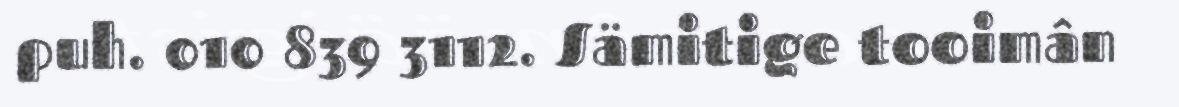
puh. 010 839 3112. Sämitige tooimân